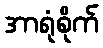
အာရုံစိုက်